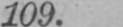
109.